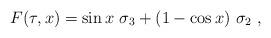
LaTeX: \begin{align*}F(\tau,x)=\sin x \ \sigma_3+(1-\cos x)\ \sigma_2~,\end{align*}